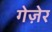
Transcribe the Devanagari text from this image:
गेज़ेर